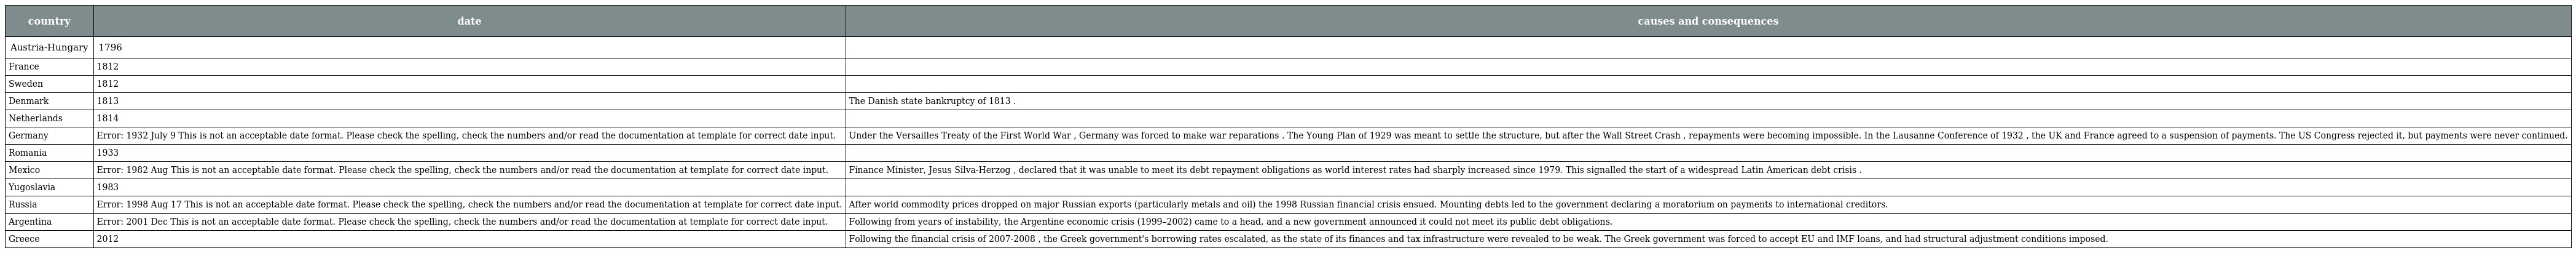
| country | date | causes and consequences |
 | --- | --- | --- |
 | Austria-Hungary | 1796 |  |
 | France | 1812 |  |
 | Sweden | 1812 |  |
 | Denmark | 1813 | The Danish state bankruptcy of 1813 . |
 | Netherlands | 1814 |  |
 | Germany | Error: 1932 July 9 This is not an acceptable date format. Please check the spelling, check the numbers and/or read the documentation at template for correct date input. | Under the Versailles Treaty of the First World War , Germany was forced to make war reparations . The Young Plan of 1929 was meant to settle the structure, but after the Wall Street Crash , repayments were becoming impossible. In the Lausanne Conference of 1932 , the UK and France agreed to a suspension of payments. The US Congress rejected it, but payments were never continued. |
 | Romania | 1933 |  |
 | Mexico | Error: 1982 Aug This is not an acceptable date format. Please check the spelling, check the numbers and/or read the documentation at template for correct date input. | Finance Minister, Jesus Silva-Herzog , declared that it was unable to meet its debt repayment obligations as world interest rates had sharply increased since 1979. This signalled the start of a widespread Latin American debt crisis . |
 | Yugoslavia | 1983 |  |
 | Russia | Error: 1998 Aug 17 This is not an acceptable date format. Please check the spelling, check the numbers and/or read the documentation at template for correct date input. | After world commodity prices dropped on major Russian exports (particularly metals and oil) the 1998 Russian financial crisis ensued. Mounting debts led to the government declaring a moratorium on payments to international creditors. |
 | Argentina | Error: 2001 Dec This is not an acceptable date format. Please check the spelling, check the numbers and/or read the documentation at template for correct date input. | Following from years of instability, the Argentine economic crisis (1999–2002) came to a head, and a new government announced it could not meet its public debt obligations. |
 | Greece | 2012 | Following the financial crisis of 2007-2008 , the Greek government's borrowing rates escalated, as the state of its finances and tax infrastructure were revealed to be weak. The Greek government was forced to accept EU and IMF loans, and had structural adjustment conditions imposed. |